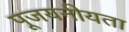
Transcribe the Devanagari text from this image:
पूजयनीयता